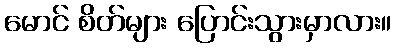
မောင် စိတ်များ ပြောင်းသွားမှာလား။